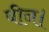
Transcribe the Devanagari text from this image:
बीन।